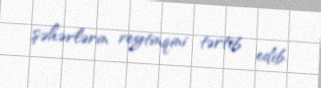
şəhərlərin reytinqini tərtib edib.